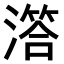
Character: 𣽛